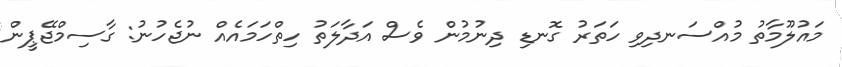
މައުލޫމާތު މުއްސަނދިވި ހަތަރު ގޮނޑި ދިނުމުން ވެސް އަދާލަތު ހިތްހަމައެއް ނުޖެހުނު: ގާސިމްޖޭޕީން